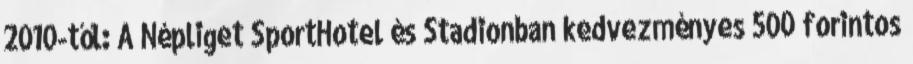
2010-től: A Népliget SportHotel és Stadionban kedvezményes 500 forintos